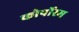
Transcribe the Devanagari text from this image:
कोर्पोरम